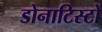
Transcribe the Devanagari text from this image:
डोनाटिस्टों